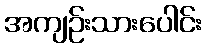
အကျဉ်းသားပေါင်း